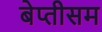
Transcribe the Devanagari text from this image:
बेप्तीसम